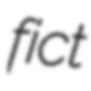
fict